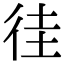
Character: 徍